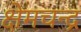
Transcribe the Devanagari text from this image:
क्षेमचन्‍द्र